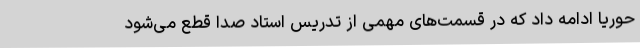
حوریا ادامه داد که در قسمت‌های مهمی از تدریس استاد صدا قطع می‌شود